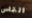
التماس